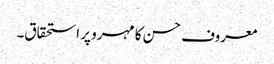
معروف حسن کا مہرو پر استحقاق۔